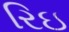
રિઇ